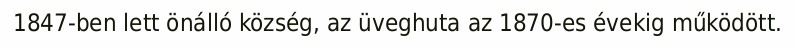
1847-ben lett önálló község, az üveghuta az 1870-es évekig működött.